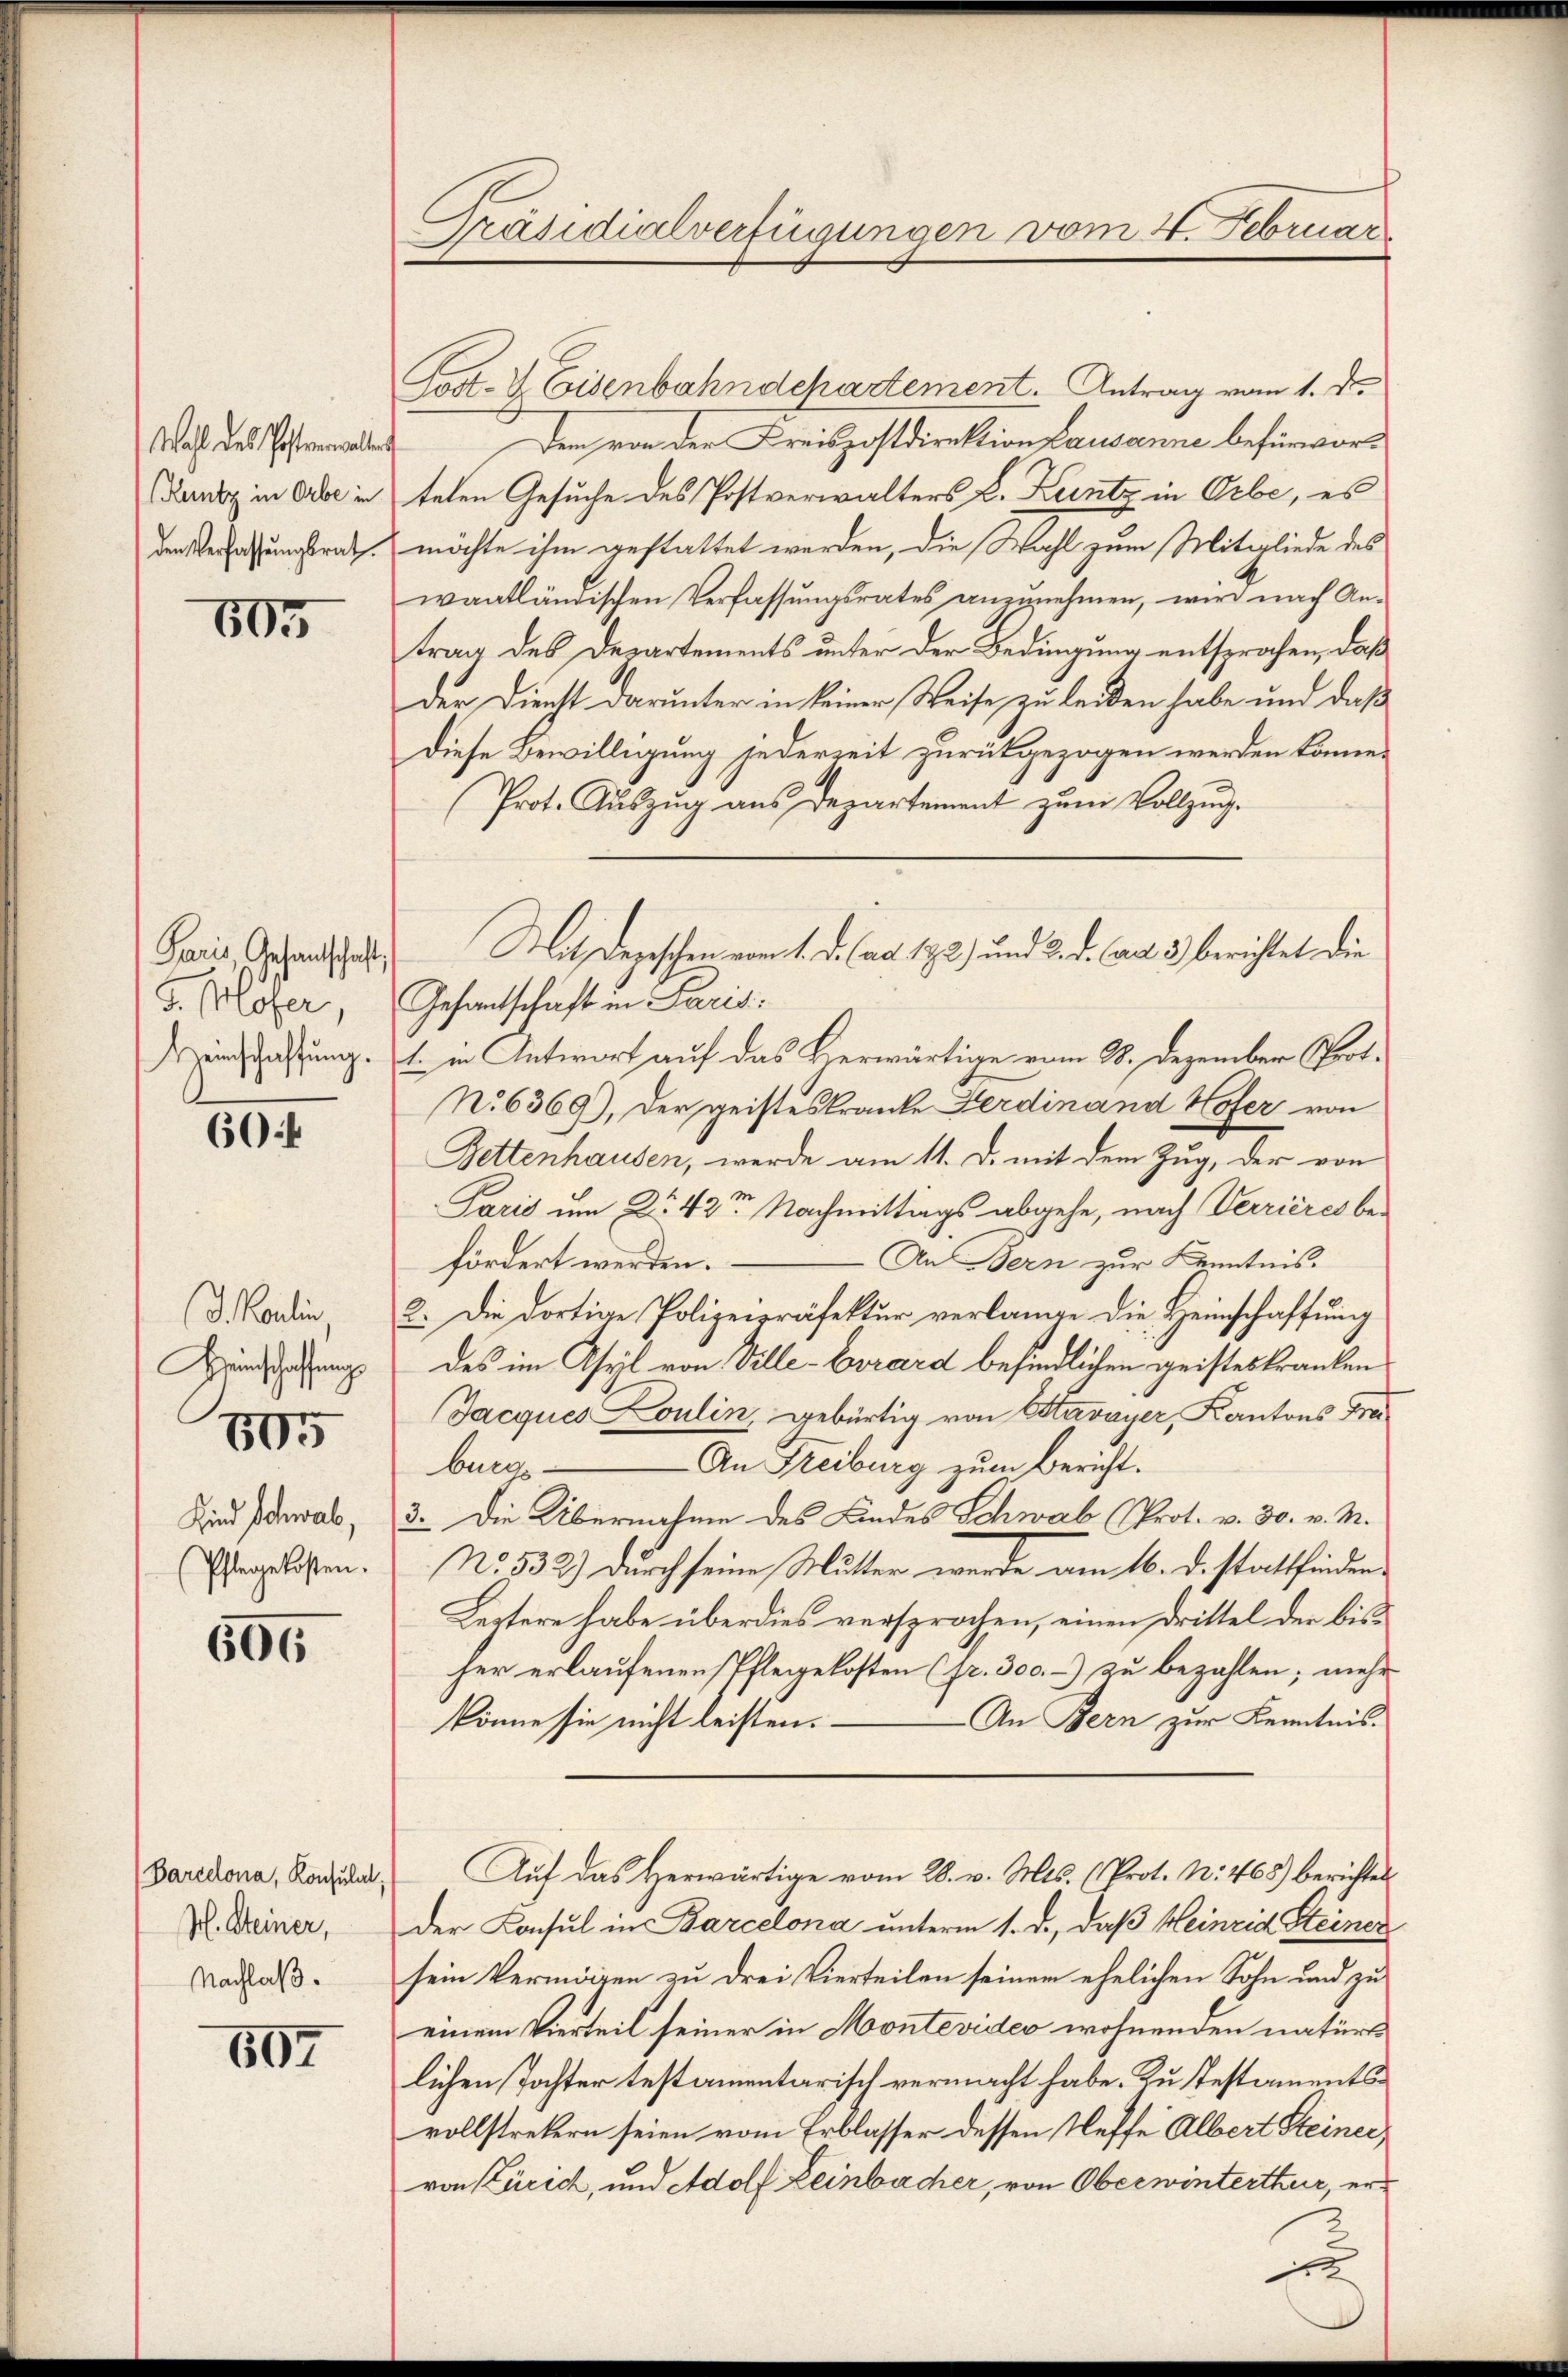
Wahl des Posternenwalten
Kuntz in Orbe in
den Verfassungsrath.

605

Paris Gesandschaft,
5 Möfer,
Meinschaffung.

60

J. Paulin
Heinschaffung
Kind Schwab,
Pflegekosten.

505

606

Barcelona, Konsulat,
H. Steiner,
Nachlaß.

607

Präsidialverfügungen vom 4. Februar

Gost. V. Eisenbahndepartement. Antrag vom 1. d.
Dem von der Kreispostdirektion Lausanne befür vorteten Gesuche des Postverwalters L. Zuntz in Orbe, es
möchte ihm gestattet werden, die Wahl zum Mitgliede des
waatländischen Verfassungsrates anzunehmen, wird nach An-
trag des Departements unter der Bedingung entsprochen, daß
der Dienst darunter in keiner Weise zu leiden habe und daß
Diese Bewilligung jederzeit zurückgezogen werden könne.
Prot. Aŭszŭg ans Departement zŭm Vollzug.
Gesantschaft in Paris
t. in Antwort auf das Herwärtige vom 28. Dezember Prot¬
No 6369), der geisteskranke Ferdinand Hofer von
Bettenhausen, werde am 11. d. mit dem Zug, der von
Paris um No 42te Nachmittags abgehe, nach Verrieres be-
An Bern zur Kenntnis.
fördert werden.
2. Die dortige Polizeipräfektur verlange die Heimschaffung
des im Asyl von Ville-Carard befindlichen geisteskranken
Jacques Loulin, gebürtig von Stavayer, Kantons Frei¬
An Freiburg zum Bericht.
burg
3. Die Übernahme des Kindes Schwab (Prot. v. 30. v. M.
No. 532) durch seine Mutter werde am 16. d. stattfinden
Leztere habe überdies versprochen, einen Drittel der bisher erlaufenen Pflegekosten (fr. 300.-) zu bezahlen; mehr
An Bern zur Kenntnis-
könne sie nicht leisten.
Auf das Herwärtige vom 28. v. Mts. (Prot. N. 468) berichtet
Der Konsul in Barcelona unterm 1. d., daß Heinrid Steiner
sein Vermögen zu drei Vierteilen seiner ehelichen Sohn und zu
einem Vierteil seiner in Montevideo wohnenden naturs
lichen Tochter testamentarisch vermacht habe. Zu Testamentsvollstretern seien vom Erblasser dessen Neffe Albert Steiner
von Zürich, und Adolf Leinbacher, von Oberwinterthur, er¬

Mit Depeschen vom 1. d. ad 192) und 2. d. Can. 3) berichtet die